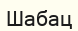
Шабац